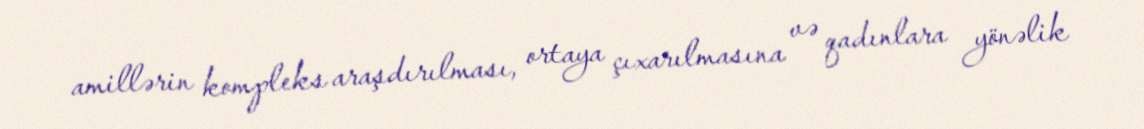
amillərin kompleks araşdırılması, ortaya çıxarılmasına və qadınlara yönəlik